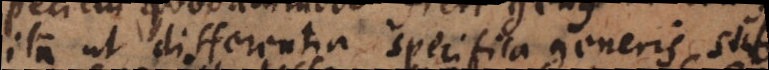
ita ut differentia specifica generis sub